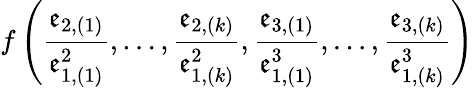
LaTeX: f\left(\frac{\mathfrak{e}_{2,(1)}}{\mathfrak{e}_{1,(1)}^{2}},\ldots,\frac{\mathfrak{e}_{2,(k)}}{\mathfrak{e}_{1,(k)}^{2}},\frac{\mathfrak{e}_{3,(1)}}{\mathfrak{e}_{1,(1)}^{3}},\ldots,\frac{\mathfrak{e}_{3,(k)}}{\mathfrak{e}_{1,(k)}^{3}}\right)